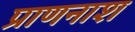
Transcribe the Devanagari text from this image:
प्राणनाश